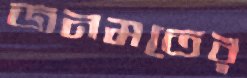
জনমতের